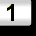
Digit: 1